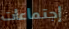
إجتماعات